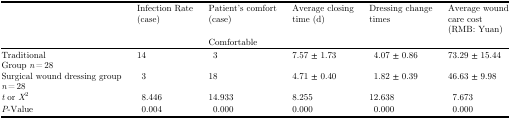
<table><thead><tr><td><b> </b></td><td><b>Infection Rate (case)</b></td><td><b>Patient&#x27;s comfort (case)</b></td><td><b>Average closing time (d)</b></td><td><b>Dressing change times</b></td><td><b>Average wound care cost (RMB: Yuan)</b></td></tr><tr><td><b> </b></td><td><b> </b></td><td><b>Comfortable</b></td><td><b> </b></td><td><b> </b></td><td><b> </b></td></tr></thead><tbody><tr><td>TraditionalGroup <i>n</i> = 28</td><td>14</td><td>3</td><td>7.57 ± 1.73</td><td>4.07 ± 0.86</td><td>73.29 ± 15.44</td></tr><tr><td>Surgical wound dressing group<i>n</i> = 28</td><td>3</td><td>18</td><td>4.71 ± 0.40</td><td>1.82 ± 0.39</td><td>46.63 ± 9.98</td></tr><tr><td><i>t</i> or <i>X</i><sup>2</sup></td><td>8.446</td><td>14.933</td><td>8.255</td><td>12.638</td><td>7.673</td></tr><tr><td><i>P</i>-Value</td><td>0.004</td><td>0.000</td><td>0.000</td><td>0.000</td><td>0.000</td></tr></tbody></table>